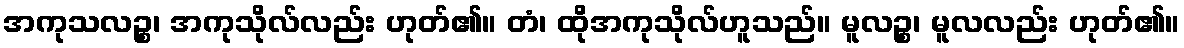
အကုသလဉ္စ၊ အကုသိုလ်လည်း ဟုတ်၏။ တံ၊ ထိုအကုသိုလ်ဟူသည်။ မူလဉ္စ၊ မူလလည်း ဟုတ်၏။